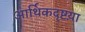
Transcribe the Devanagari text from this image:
आर्थिकदृष्टय़ा